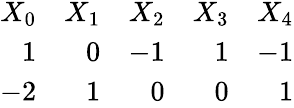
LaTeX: \begin{array}{rrrrr}{{X_{0}}}&{{X_{1}}}&{{X_{2}}}&{{X_{3}}}&{{X_{4}}}\\ {{1}}&{{0}}&{{-1}}&{{1}}&{{-1}}\\ {{-2}}&{{1}}&{{0}}&{{0}}&{{1}}\end{array}